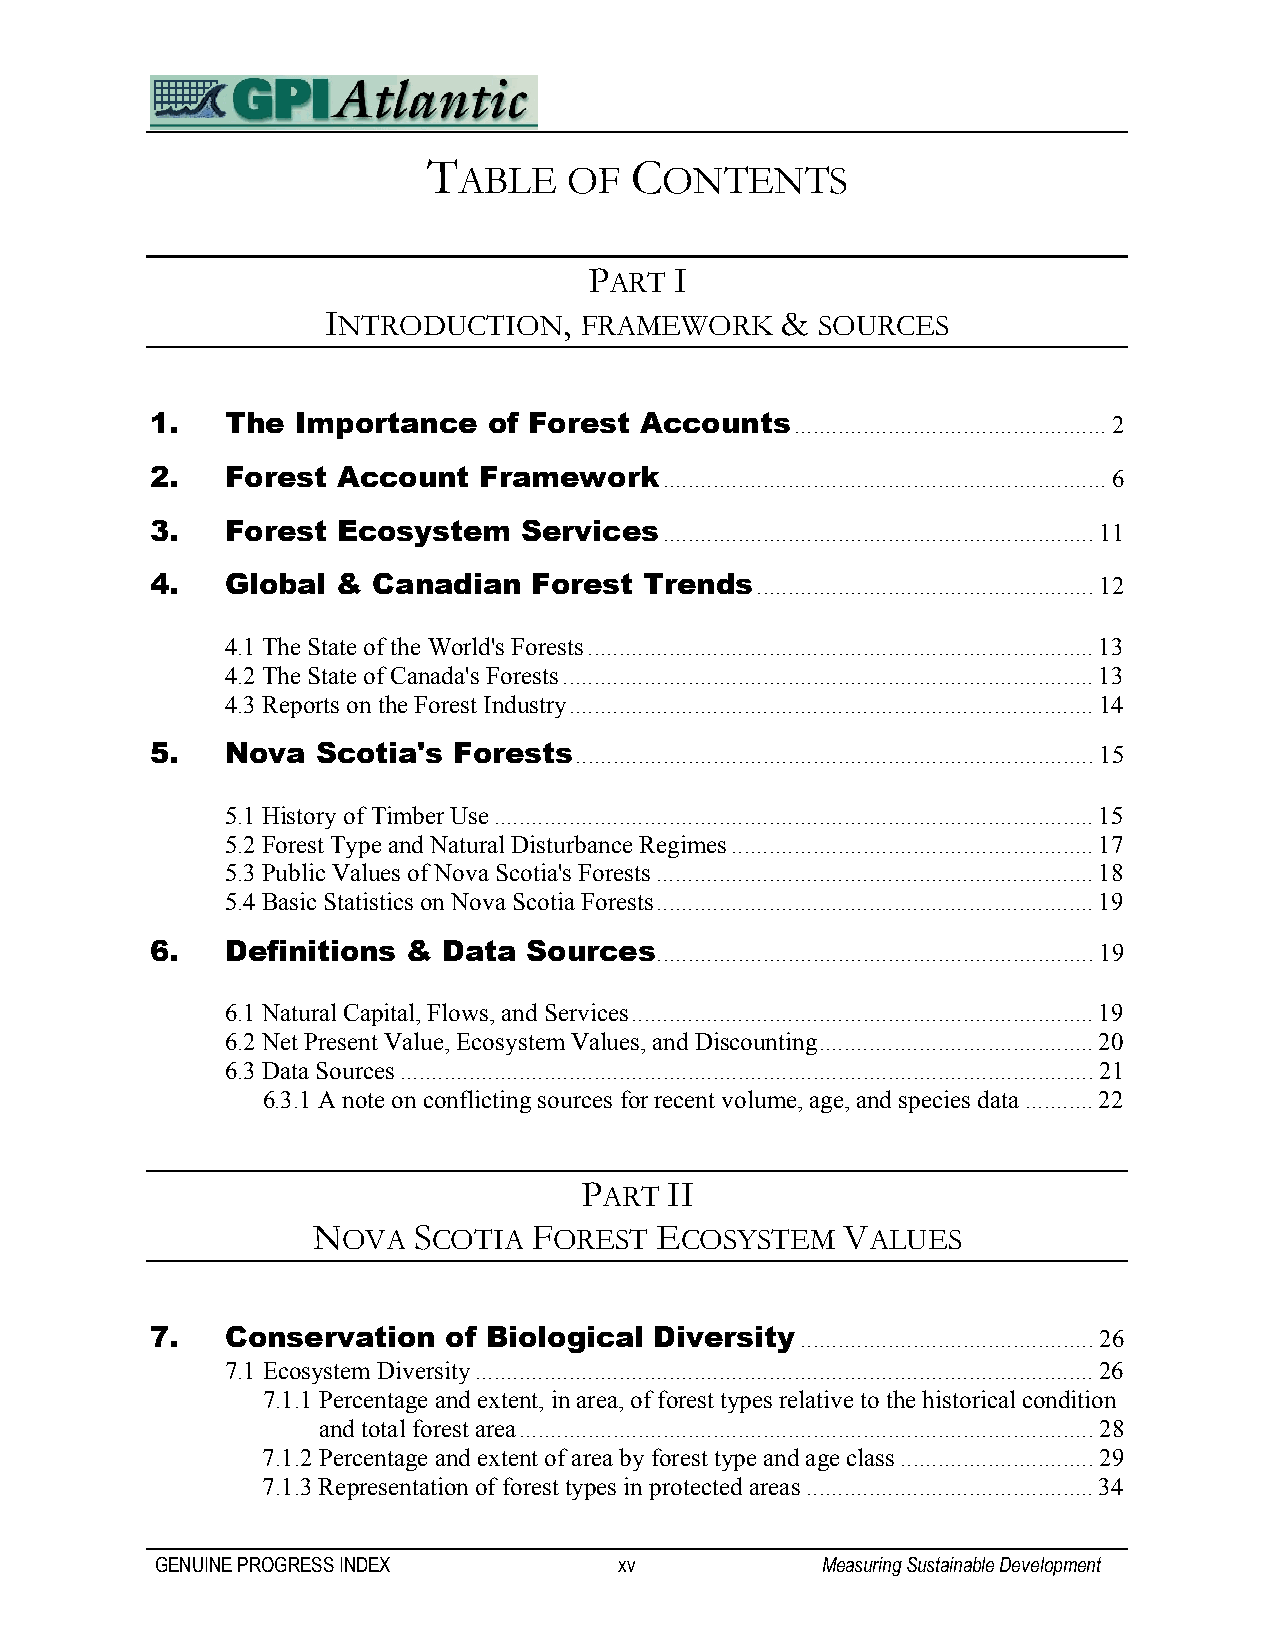
T             C
 ABLE    OF    ONTENTS
 PART  I
 INTRODUCTION,   FRAMEWORK     & SOURCES
 1.   The  Importance  of Forest Accounts..................................................2
 2.   Forest Account   Framework.......................................................................6
 3.   Forest Ecosystem    Services.....................................................................11
 4.   Global &  Canadian  Forest  Trends......................................................12
 4.1 The State of the World's Forests.................................................................................13
 4.2 The State of Canada's Forests.....................................................................................13
 4.3 Reports on the Forest Industry....................................................................................14
 5.   Nova  Scotia's Forests...................................................................................15
 5.1 History of Timber Use................................................................................................15
 5.2 Forest Type and Natural Disturbance Regimes..........................................................17
 5.3 Public Values of Nova Scotia's Forests......................................................................18
 5.4 Basic Statistics on Nova Scotia Forests......................................................................19
 6.   Definitions & Data  Sources......................................................................19
 6.1 Natural Capital, Flows, and Services..........................................................................19
 6.2 Net Present Value, Ecosystem Values, and Discounting............................................20
 6.3 Data Sources...............................................................................................................21
 6.3.1 A note on conflicting sources for recent volume, age, and species data...........22
 PART  II
 NOVA  SCOTIA  FOREST  ECOSYSTEM    VALUES
 7.   Conservation  of Biological Diversity...............................................26
 7.1 Ecosystem Diversity...................................................................................................26
 7.1.1 Percentage and extent, in area, of forest types relative to the historical condition
 and total forest area............................................................................................28
 7.1.2 Percentage and extent of area by forest type and age class...............................29
 7.1.3 Representation of forest types in protected areas..............................................34
 GENUINE PROGRESS INDEX         xv           Measuring Sustainable Development